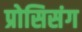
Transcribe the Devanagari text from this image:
प्रोसिसंग